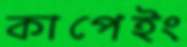
কাপেইং